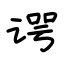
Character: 谔